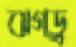
ঝগড়ু